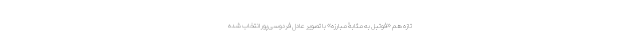
تازه هم «فوتبل به مثابۀ مبارزه» با تصویر عادل فردوسی‌پور انتخاب شده